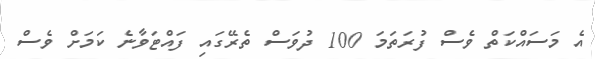
އެ މަސައްކަތް ވެސް ފުރަތަމަ 100 ދުވަސް ތެރޭގައި ފައްޓަވާނެ ކަމަށް ވެސް